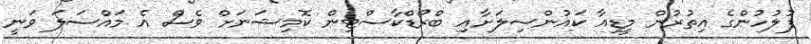
ފުލުހުންގެ އިތުރުން މީޑިއާ ކައުންސިލަށާއި ބްރޯޑްކާސްޓިން ކޮމިޝަނަށް ވެސް އެ މައްސަލަ ވަނީ